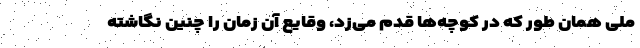
ملی همان طور که در کوچه‌ها قدم می‌زد، وقایع آن زمان را چنین نگاشته